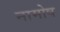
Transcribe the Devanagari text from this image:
नामोष